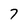
Character: 7